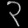
Digit: ၃